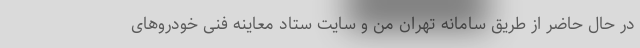
در حال حاضر از طریق سامانه تهران من و سایت ستاد معاینه فنی خودروهای